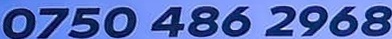
0750 486 2968